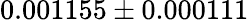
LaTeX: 0.001155\pm 0.000111